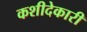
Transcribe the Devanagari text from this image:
कशीदेकारी